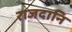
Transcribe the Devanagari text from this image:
राजदानि